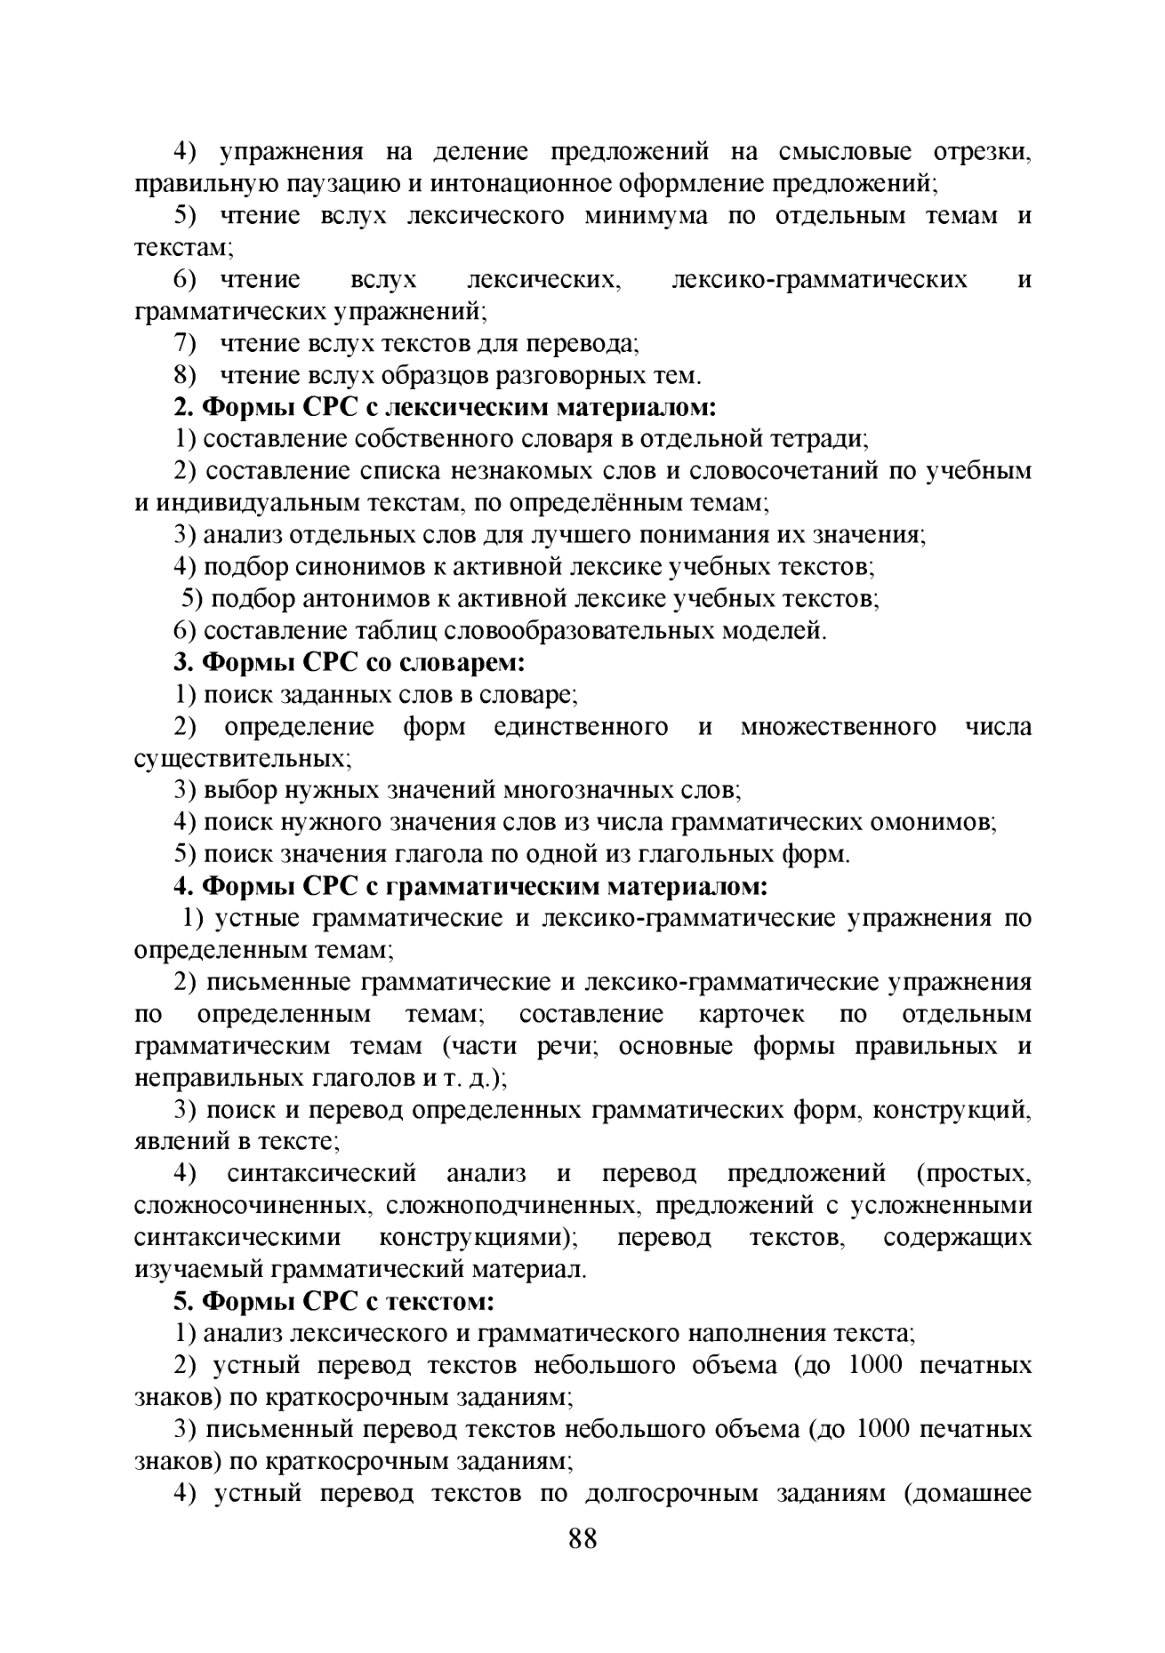
Language: mn